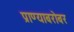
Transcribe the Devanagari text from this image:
प्राण्याबरोबर